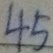
4 5